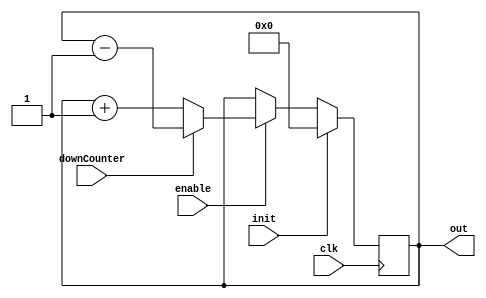
`timescale 1ns / 1ps
//////////////////////////////////////////////////////////////////////////////////
// Company: 	   UdS
// 
// Design Name:    Up Down counter
// Module Name:    counter 
// Project Name:   12 bit counter
// Target Devices: Basys2
// Tool versions:  ISE P.68d
// Description:    12bit counter module
//
// Dependencies: 
//
// Revision: 
// Revision 0.01 - File Created
// Additional Comments: 
//
//////////////////////////////////////////////////////////////////////////////////
module counter(
	input clk,					// clock
	input init,					// To reset to initial value
	input enable,				// enable/disable input 
	input downCounter,			// input to control the direction of the counting
	output reg [11:0] out   	// output
    );

	// Intial block
	initial begin
		out <= 12'b0;
	end

	// always block works on positive clock
	always @(posedge clk)
	begin
		if (init == 1) 			// if init is given reset to the initial value
			out <= 12'b0 ;
		else if (enable == 1)   // if enabled start counting
			out <= (downCounter == 1) ? (out - 1) : (out + 1);
		// over flow is automatically taken care
		// if needed can include the explicit code for over flow and underflows
	end
endmodule